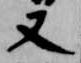
又